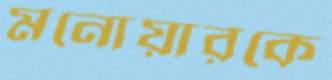
মনোয়ারকে